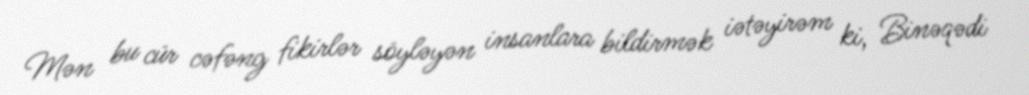
Mən bu cür cəfəng fikirlər söyləyən insanlara bildirmək iətəyirəm ki, Binəqədi